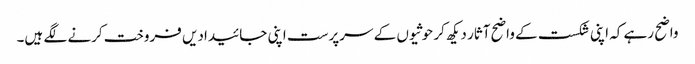
واضح رہے کہ اپنی شکست کے واضح آثار دیکھ کر حوثیوں کے سرپرست اپنی جائیدادیں فروخت کرنے لگے ہیں۔